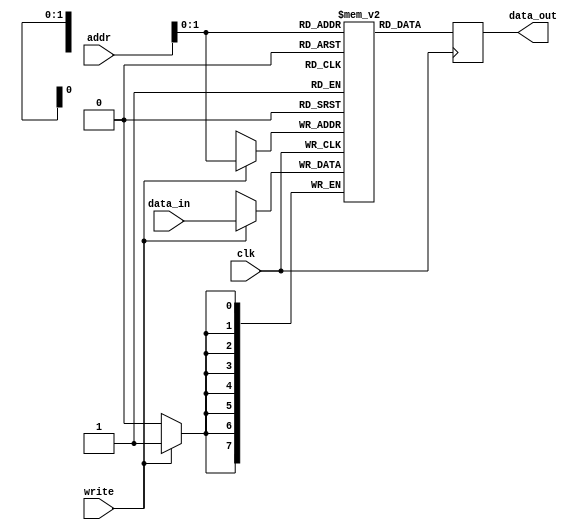
module REG(
    input clk,
    input [3:0] addr,
    input [7:0] data_in,
    input write,
    output reg [7:0] data_out
    );
    
reg [7:0] memory [0:2];

initial
    begin
        memory[0] = 0;
        memory[1] = 0;
        memory[2] = 0;
    end

always @(posedge clk)
    begin
        if(write)
            begin
                $display("wrote in register %b value: %b", addr, data_in);
                memory[addr] <= data_in;
            end
        data_out <= memory[addr];
        $display("registry outputs %b for address %b",memory[addr],addr);
    end
endmodule